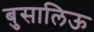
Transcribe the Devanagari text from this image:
बुसालिऊ